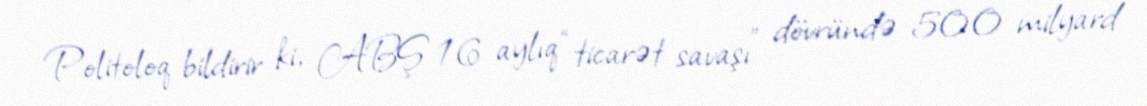
Politoloq bildirir ki, ABŞ 16 aylıq “ticarət savaşı” dövründə 500 milyard